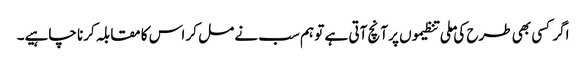
اگر کسی بھی طرح کی ملی تنظیموں پر آنچ آتی ہے تو ہم سب نے مل کر اس کا مقابلہ کرنا چاہیے۔